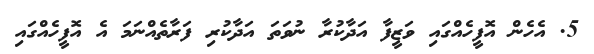
5. އެހެން އޮފީހެއްގައި ވަޒީފާ އަދާކުރާ ނުވަތަ އަދާކުރި ފަރާތެއްނަމަ އެ އޮފީހެއްގައި